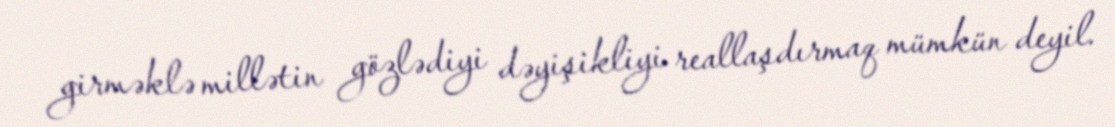
girməklə millətin gözlədiyi dəyişikliyi reallaşdırmaq mümkün deyil.